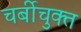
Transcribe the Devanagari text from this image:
चर्बीचुक्त